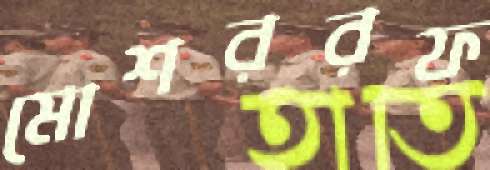
মোশররফ